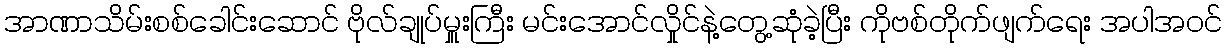
အာဏာသိမ်းစစ်ခေါင်းဆောင် ဗိုလ်ချုပ်မှူးကြီး မင်းအောင်လှိုင်နဲ့တွေ့ဆုံခဲ့ပြီး ကိုဗစ်တိုက်ဖျက်ရေး အပါအဝင်